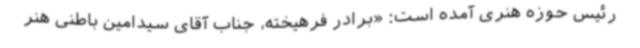
رئیس حوزه هنری آمده است: «برادر فرهیخته، جناب آقای سیدامین باطنی هنر